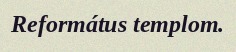
Református templom.